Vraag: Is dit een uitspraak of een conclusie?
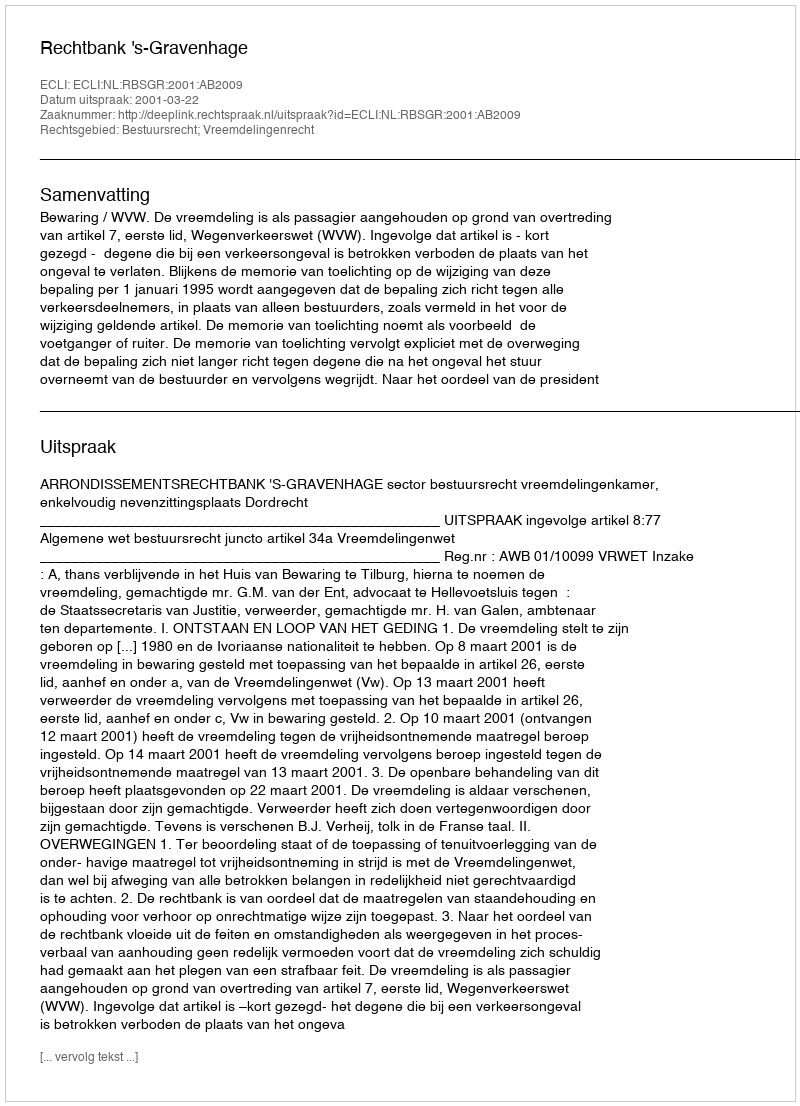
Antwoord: Uitspraak